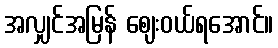
အလျှင်အမြန် ဈေးဝယ်ရအောင်။